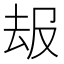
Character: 叝